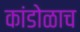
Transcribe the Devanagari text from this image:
कांडोळाच